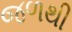
જળથી